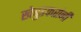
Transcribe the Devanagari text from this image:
खेबुडकरांनी